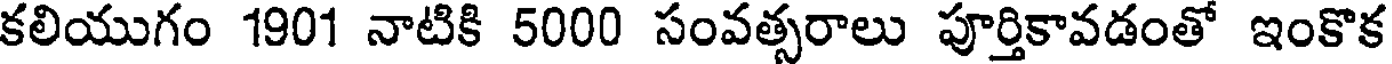
కలియుగం 1901 నాటికి 5000 సంవత్సరాలు పూర్తికావడంతో ఇంకొక